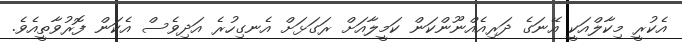
އެކުރީ މިކާލްއަކީ އޭނަގެ ދަރިއެއްނޫންކަން ކަމީލާއަށް ރަގަޅަށް އެނގިހުރެ އަދިވެސް އެކަން ފޮރުވާތީއެވެ.